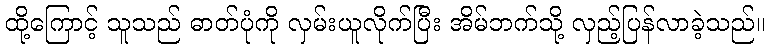
ထို့ကြောင့် သူသည် ဓာတ်ပုံကို လှမ်းယူလိုက်ပြီး အိမ်ဘက်သို့ လှည့်ပြန်လာခဲ့သည်။